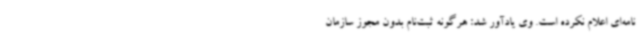
نامه‌ای اعلام نکرده است. وی یادآور شد: هرگونه ثبت‌نام بدون مجوز سازمان